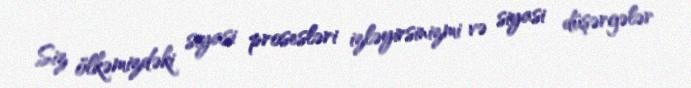
Siz ölkəmizdəki siyasi prosesləri izləyirsinizmi və siyasi düşərgələr